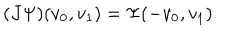
( J \Psi ) ( v _ { 0 } , v _ { 1 } ) = \Psi ( - v _ { 0 } , v _ { 1 } ) .